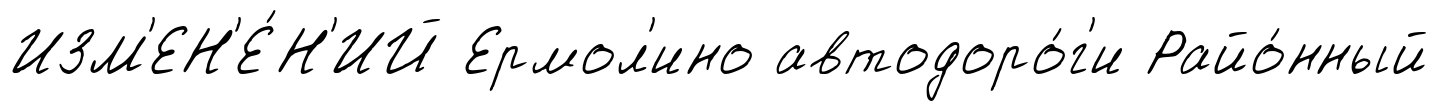
ИЗМ'ЕН'Е́Н'ИЙ Ермол'ино автодоро́г'и Райо́нный